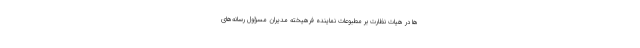
ها در هیات نظارت بر مطبوعات نماینده فرهیخته مدیران مسؤول رسانه‌های